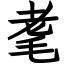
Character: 耄